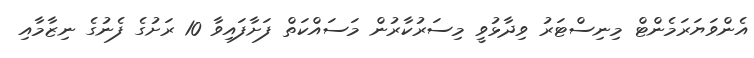
އެންވަޔަރަމެންޓް މިނިސްޓަރު ވިދާޅުވީ މިސަރުކާރުން މަސައްކަތް ފަށާފައިވާ 10 ރަށުގެ ފެނުގެ ނިޒާމާއި